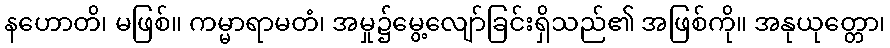
နဟောတိ၊ မဖြစ်။ ကမ္မာရာမတံ၊ အမှု၌မွေ့လျော်ခြင်းရှိသည်၏ အဖြစ်ကို။ အနုယုတ္တော၊